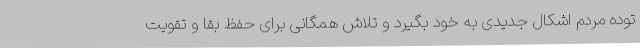
توده مردم اشکال جدیدی به خود بگیرد و تلاش همگانی برای حفظ بقا و تقویت